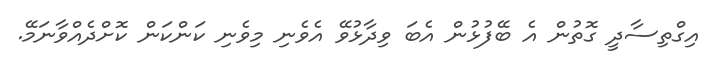
އިގްތިސާދީ ގޮތުން އެ ބޭފުޅުން އެބަ ވިދާޅުވޭ އެވެނި މިވެނި ކަންކަން ކޮށްދެއްވާނަމޭ.